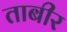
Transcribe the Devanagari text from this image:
ताबीर